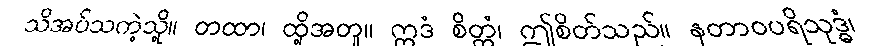
သိအပ်သကဲ့သို့။ တထာ၊ ထို့အတူ။ ဣဒံ စိတ္တံ၊ ဤစိတ်သည်။ နတာဝပရိသုဒ္ဓံ၊